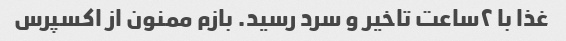
غذا با ٢ساعت تاخیر و سرد رسید. بازم ممنون از اکسپرس